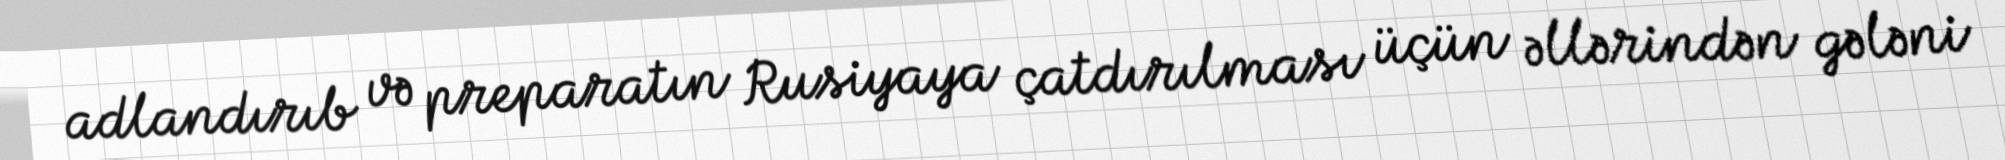
adlandırıb və preparatın Rusiyaya çatdırılması üçün əllərindən gələni